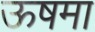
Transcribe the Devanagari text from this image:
ऊषमा